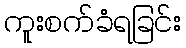
ကူးစက်ခံရခြင်း